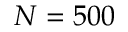
N = 5 0 0